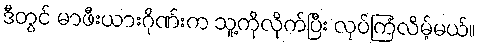
ဒီတွင် မာဖီးယားဂိုဏ်းက သူ့ကိုလိုက်ပြီး လုပ်ကြံလိမ့်မယ်။